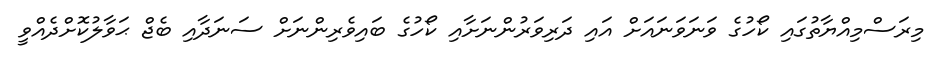
މިރަސްމިއްޔާތުގައި ކޯހުގެ ވަނަވަނައަށް އައި ދަރިވަރުންނަށާއި ކޯހުގެ ބައިވެރިންނަށް ސަނަދާއި ބެޖް ޙަވާލުކޮށްދެއްވީ